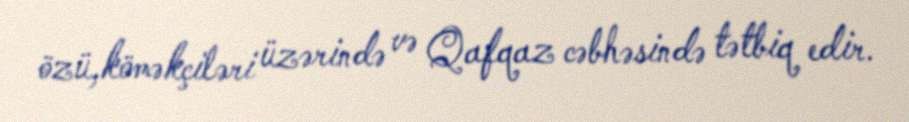
özü,köməkçiləri üzərində və Qafqaz cəbhəsində tətbiq edir.